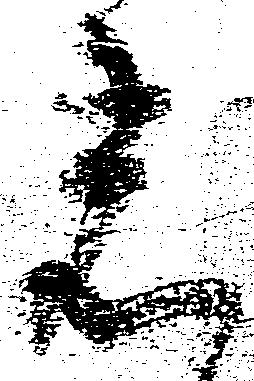
着